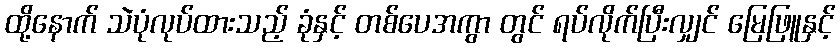
ထို့နောက် သဲပုံလုပ်ထားသည့် ခုံနှင့် တစ်ပေအကွာ တွင် ရပ်လိုက်ပြီးလျှင် မြေဖြူနှင့်